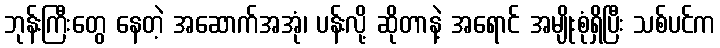
ဘုန်းကြီးတွေ နေတဲ့ အဆောက်အအုံ၊ ပန်းလို့ ဆိုတာနဲ့ အရောင် အမျိုးစုံရှိပြီး သစ်ပင်က